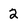
Character: 2